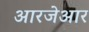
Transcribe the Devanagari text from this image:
आरजेआर